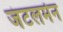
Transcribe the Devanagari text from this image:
जंटलमेन